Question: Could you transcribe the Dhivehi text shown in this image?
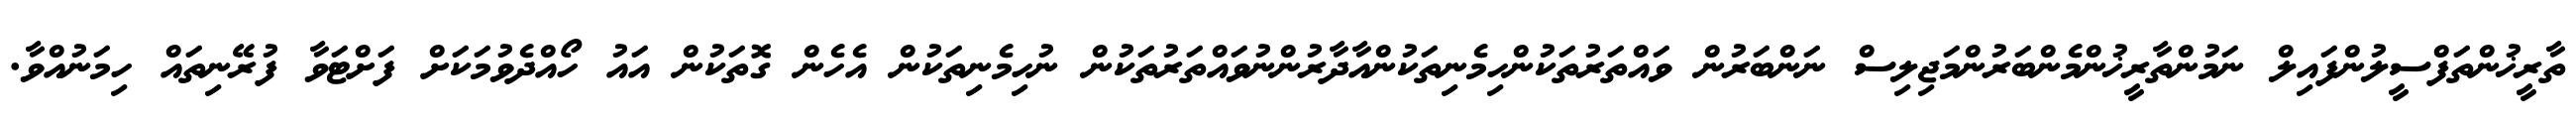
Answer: ތާރީޚުންތަފްސީލުންފައިލް ނަމުންތާރީޚުންމެންބަރުންމަޖިލިސް ނަންބަރުން ވައްތަރުތަކުންހިމެނިތަކުންއާދާރުންނުވައްތަރުތަކުން ނުހިމެނިތަކުން އެހެން ގޮތަކުން އައު ހޯއްދެވުމަކަށް ފަށްޓަވާ ފުރޭނިތައް ހިމަނުއްވާ.